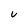
Character: U